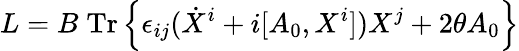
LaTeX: L=B\; \mathrm{{Tr}}\left\{ \epsilon_{ij}(\dot{X}^{i}+i[A_{0},X^{i}])X^{j}+2\theta A_{0}\right\}